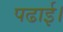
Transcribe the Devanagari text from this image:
पढाई।